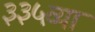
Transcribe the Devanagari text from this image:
३३५व्या